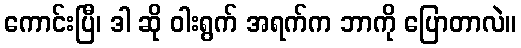
ကောင်းပြီ၊ ဒါ ဆို ဝါးရွက် အရက်က ဘာကို ပြောတာလဲ။